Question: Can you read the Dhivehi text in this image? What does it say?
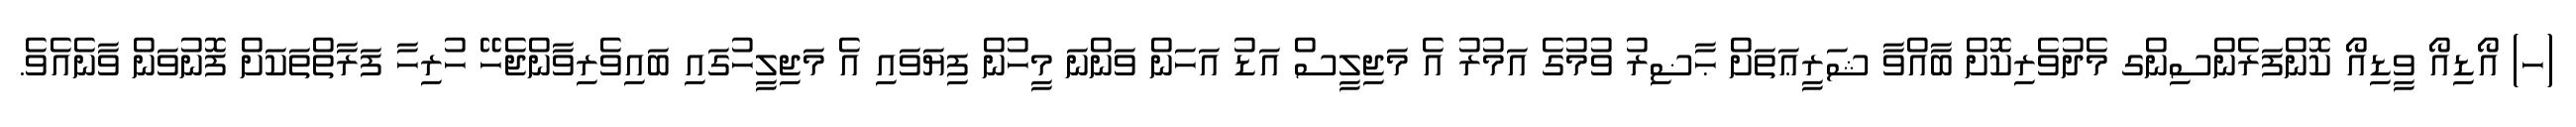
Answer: (ހ) އޯޑިއޯ ވީޑިއޯ ކޮންފަރެންސިންގ މެދުވެރިކޮށް ބާއްވާ ޝަރީޢަތަށް ޙާޟިރު ވުމުގެ އަމުރު އެ މަޖިލީސް އަޑު އަހަން ވަންނަ މީހުން ފިޔަވައި އެ މަޖިލީހުގައި ބައިވެރިވާންޖެހޭ ހުރިހާ ފަރާތްތަކަށް ފޮނުވަން ވާނެއެވެ.